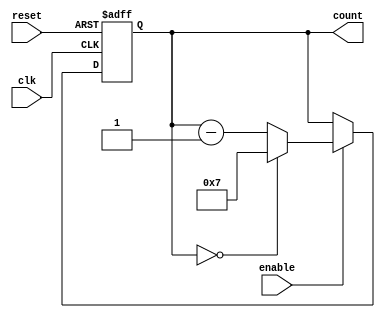
module ModuloNDownCounter (
  input wire clk,
  input wire enable,
  input wire reset,
  output reg [N-1:0] count
);

parameter N = 8; // preset value for counter

always @ (posedge clk or posedge reset) begin
  if (reset) begin
    count <= N;
  end else if (enable) begin
    if (count == 0) begin
      count <= N - 1;
    end else begin
      count <= count - 1;
    end
  end
end

endmodule